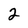
Character: 2